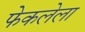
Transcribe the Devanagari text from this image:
फेकलेला